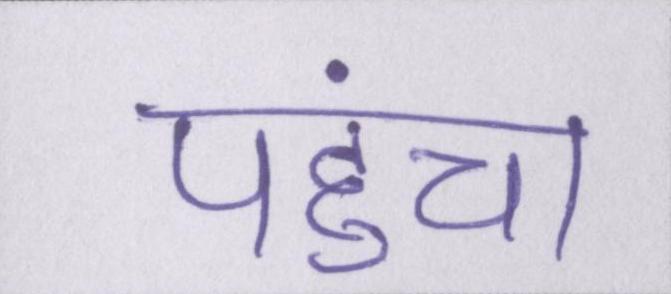
पहुंचा